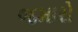
જમારો